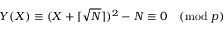
Y ( X ) \equiv ( X + \lceil { \sqrt { N } } \rceil ) ^ { 2 } - N \equiv 0 { \pmod { p } }